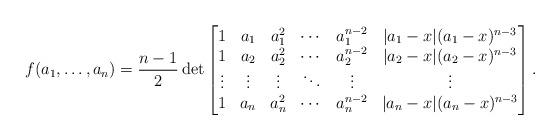
LaTeX: \begin{align*}f(a_1, \ldots,a_n)= \frac{n-1}{2} \det \begin{bmatrix}1 & {a_1} & a_1^2 & \cdots & a_1^{n-2} & |a_1-x|(a_1-x)^{n-3} \\1 & {a_2} & a_2^2 & \cdots & a_2^{n-2} & |a_2-x|(a_2-x)^{n-3} \\\vdots & \vdots & \vdots & \ddots & \vdots & \vdots \\1 & {a_n} & a_n^2 & \cdots & a_n^{n-2} & |a_n-x|(a_n-x)^{n-3} \\\end{bmatrix}.\end{align*}